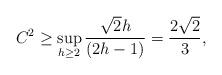
LaTeX: \begin{align*} C^2 \geq \sup_{h\geq 2} \frac{\sqrt{2}h}{(2h-1)} = \frac{2\sqrt{2}}{3},\end{align*}